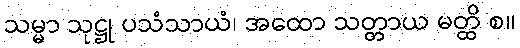
သမ္မာ သုဋ္ဌု ပသံသာယံ၊ အထော သတ္တာယ မတ္ထိ စ။